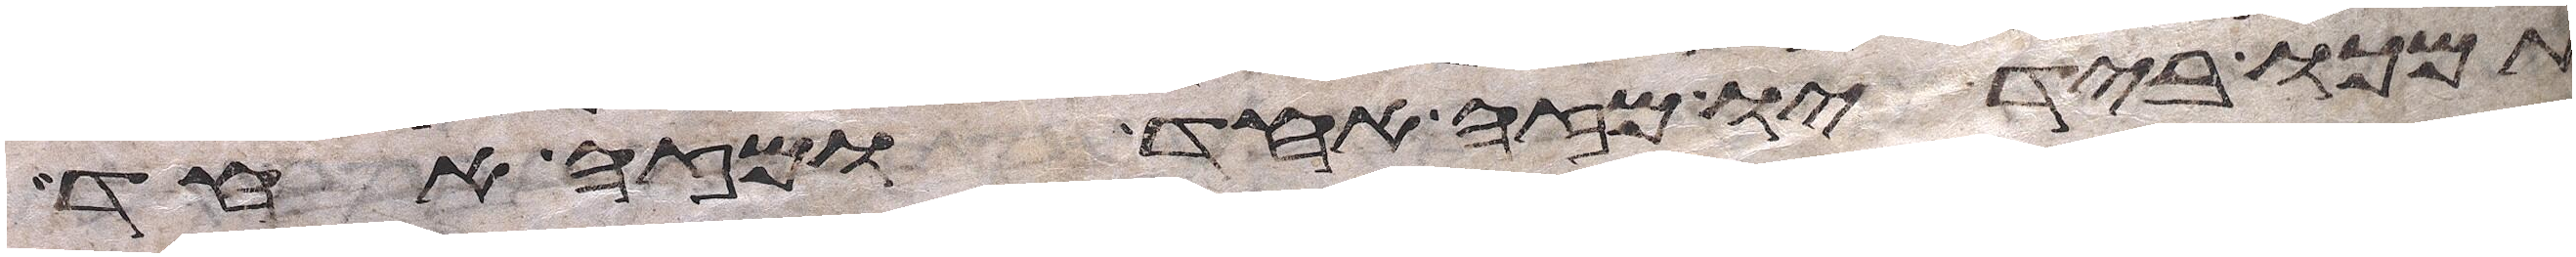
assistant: תמכו בידיו מזה אחד ומזה אחד